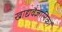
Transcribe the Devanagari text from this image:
खाद्यवैज्ञानिकों